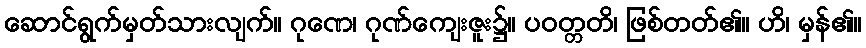
ဆောင်ရွက်မှတ်သားလျက်။ ဂုဏေ၊ ဂုဏ်ကျေးဇူး၌။ ပဝတ္တတိ၊ ဖြစ်တတ်၏။ ဟိ၊ မှန်၏။